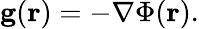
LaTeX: \mathbf{g}(\mathbf{r})=-\nabla\Phi(\mathbf{r}).